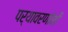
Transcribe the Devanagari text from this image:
पर्यावरणांशी